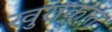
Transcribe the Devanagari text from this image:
खुराकात